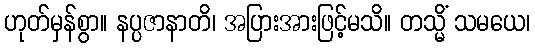
ဟုတ်မှန်စွာ။ နပ္ပဇာနာတိ၊ အပြားအားဖြင့်မသိ။ တသ္မိံ သမယေ၊